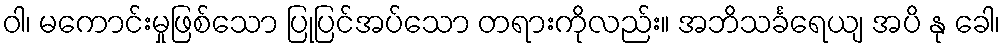
ဝါ၊ မကောင်းမှုဖြစ်သော ပြုပြင်အပ်သော တရားကိုလည်း။ အဘိသင်္ခရေယျ အပိ နု ခေါ၊